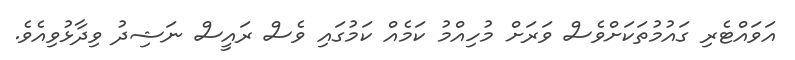
އަވައްޓެރި ގައުމުތަކަށްވެސް ވަރަށް މުހިއްމު ކަމެއް ކަމުގައި ވެސް ރައީސް ނަޝިދު ވިދާޅުވިއެވެ.